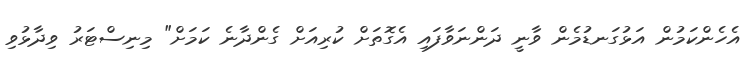
އެހެންކަމުން އަޅުގަނޑުމެން ވާނީ ދަންނަވާފައި އެގޮތަށް ކުރިއަށް ގެންދާނެ ކަމަށް" މިނިސްޓަރު ވިދާޅުވި